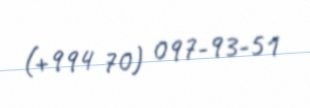
(+994 70) 097-93-51